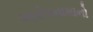
આરોપનામાનો